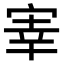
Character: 𫳐